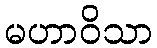
မဟာဝိသာ